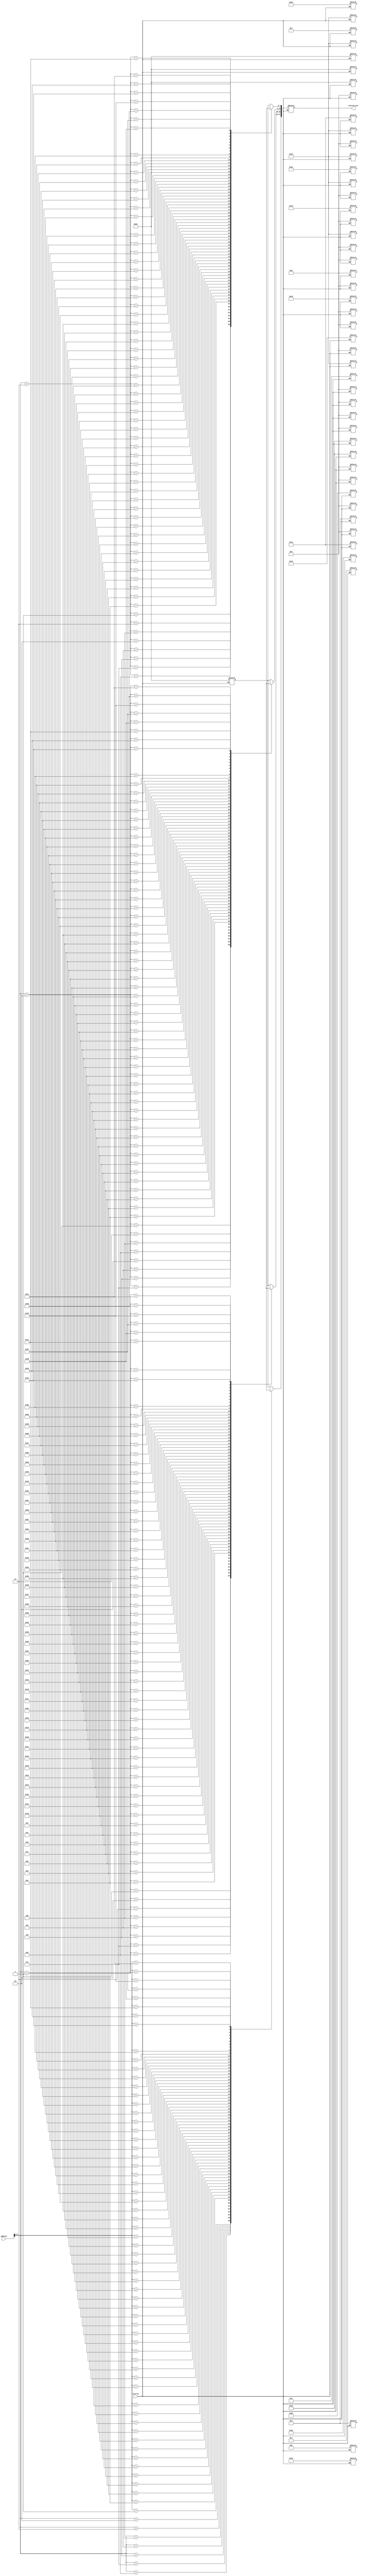
module InstructionMemory(address, instruction, startin);

	input		  [31:0] address;
	input             startin;
	output reg [31:0] instruction;
	

	reg [7:0] m [67:0];

	always @(*) begin
	
		if(startin) begin
	/*		{m[0],m[1],m[2],m[3]} <= 32'b00100000000100000000000000000000;
			{m[4],m[5],m[6],m[7]} <= 32'b00100000000100010000000000000000;
			{m[8],m[9],m[10],m[11]} <= 32'b00100000000010000000000000101000;
			{m[12],m[13],m[14],m[15]} <= 32'b00010010000010000000000000000100;
			{m[16],m[17],m[18],m[19]} <= 32'b10001110000010010000000000000000;
			{m[20],m[21],m[22],m[23]} <= 32'b00000010001010011000100000100000;
			{m[24],m[25],m[26],m[27]} <= 32'b00100010000100000000000000000100;
			{m[28],m[29],m[30],m[31]} <= 32'b00001000000000000000000000000011;
			{m[32],m[33],m[34],m[35]} <= 32'b10101101000100010000000000000000;
			{m[36],m[37],m[38],m[39]} <= 32'b10001101000100100000000000000000;
			{m[40],m[41],m[42],m[43]} <= 32'b00001000000000000000000000001010;
			*/

			{m[0],m[1],m[2],m[3]} <=     32'b10001100000100000000000000000000; //Lw $s0, 0($0)
			{m[4],m[5],m[6],m[7]} <=     32'b10001100000100010000000000000100; //lw $s1, 4($0)
			{m[8],m[9],m[10],m[11]} <=   32'b10001100000100100000000000001000; //lw $s2, 8($0)
			{m[12],m[13],m[14],m[15]} <= 32'b10001100000100110000000000001100; //lw $s3, 12($0)
			{m[16],m[17],m[18],m[19]} <= 32'b00000000000000000000000000100000; // ADD $0, $0, $0
			{m[20],m[21],m[22],m[23]} <= 32'b00000000000000000000000000100000; // ADD $0, $0, $0
			{m[24],m[25],m[26],m[27]} <= 32'b00000000000000000000000000100000; // ADD $0, $0, $0
			{m[28],m[29],m[30],m[31]} <= 32'b00000000000000000000000000100000; // ADD $0, $0, $0
			{m[32],m[33],m[34],m[35]} <= 32'b00000010000100010100000000100000; //add $t0, $s0, $s1
			{m[36],m[37],m[38],m[39]} <= 32'b00000010010100110100100000100000; //add $t1, $s2, $s3
			{m[40],m[41],m[42],m[43]} <= 32'b00000001001010000101100000100000; //add $t3, $t1, $t0
			{m[44],m[45],m[46],m[47]} <= 32'b10101110000010110000000000101000; //sw $t3, 40($0)

		/*	{m[0],m[1],m[2],m[3]} <=     32'b00100000000010010000000000001010; 
			{m[4],m[5],m[6],m[7]} <=     32'b00000000000000000101000000100000; 
			{m[8],m[9],m[10],m[11]} <=   32'b00100000000010110000000000000001; 
			{m[12],m[13],m[14],m[15]} <= 32'b00000000000000000110000000100000; 
			{m[16],m[17],m[18],m[19]} <= 32'b00000000000000000111000000100000;
			{m[20],m[21],m[22],m[23]} <= 32'b00100000000011110000000000000100; 
			{m[24],m[25],m[26],m[27]} <= 32'b00010001001010100000000000001000; 
			{m[28],m[29],m[30],m[31]} <= 32'b00000001010010110101000000100000;  
			{m[32],m[33],m[34],m[35]} <= 32'b00000000000000000000000000100000; 
			{m[36],m[37],m[38],m[39]} <= 32'b10001101100011010000000000000000; 
			{m[40],m[41],m[42],m[43]} <= 32'b00000001110011010111000000100000; 
			{m[44],m[45],m[46],m[47]} <= 32'b00000001110010111000000000100000; 
			{m[48],m[49],m[50],m[51]} <= 32'b00000001110010111000100000100000; 
			{m[52],m[53],m[54],m[55]} <= 32'b00010000000000001111111111111000; 
			{m[56],m[57],m[58],m[59]} <= 32'b00000001100011110110000000100000; 
			{m[60],m[61],m[62],m[63]} <= 32'b00000000000000000000000000100000; 
			{m[64],m[65],m[66],m[67]} <= 32'b10101101100011100000000000000000; */

		end else begin
			
			instruction <= {m[address], m[address+1], m[address+2], m[address+3]};
		end
		
		
	end
		
endmodule